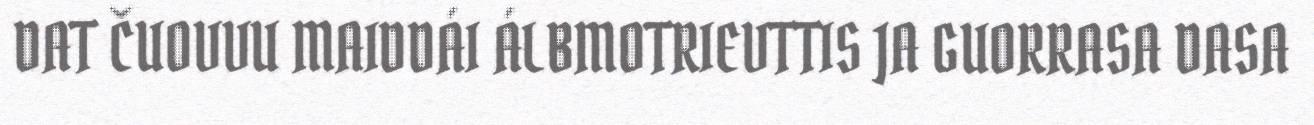
DAT ČUOVVU MAIDDÁI ÁLBMOTRIEVTTIS JA GUORRASA DASA